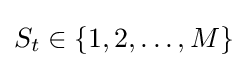
S_{t}\in \{1,2,\ldots ,M\}